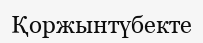
Қоржынтүбекте